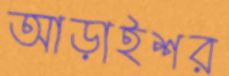
আড়াইশর